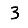
Digit: 3